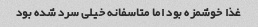
غذا خوشمزه بود‌ اما متاسفانه خیلی سرد شده بود